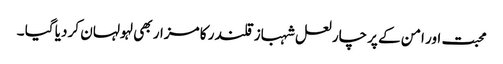
محبت اور امن کے پرچار لعل شہباز قلندر کا مزار بھی لہولہان کر دیا گیا ۔